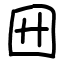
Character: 㘟